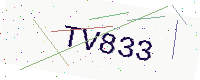
Text: TV833